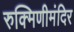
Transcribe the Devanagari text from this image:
रुक्मिणीमंदिर